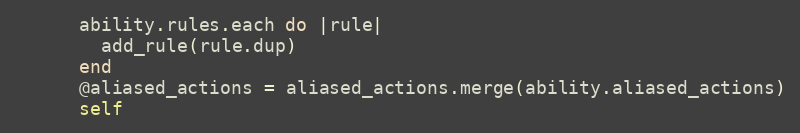
Language: Ruby
      ability.rules.each do |rule|
        add_rule(rule.dup)
      end
      @aliased_actions = aliased_actions.merge(ability.aliased_actions)
      self